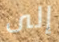
إلى